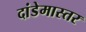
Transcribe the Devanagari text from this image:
दांडेमास्तर